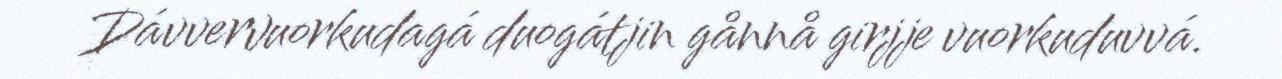
Dávvervuorkudagá duogátjin gånnå girjje vuorkuduvvá.